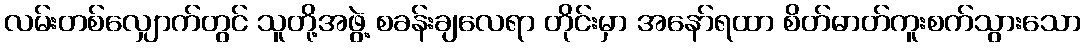
လမ်းတစ်လျှောက်တွင် သူတို့အဖွဲ့ စခန်းချလေရာ တိုင်းမှာ အနော်ရထာ စိတ်ဓာတ်ကူးစက်သွားသော